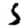
Digit: 5